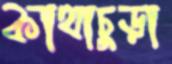
কাথাচুড়া